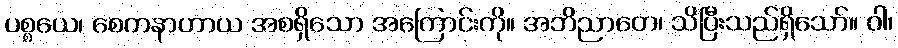
ပစ္စယေ၊ စေတနာဟာယ အစရှိသော အကြောင်းကို။ အဘိညာတေ၊ သိပြီးသည်ရှိသော်။ ဝါ၊